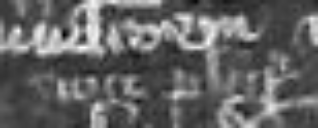
sicut pluries